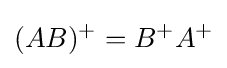
(AB)^{+}=B^{+}A^{+}